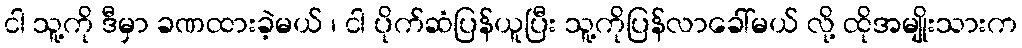
ငါ သူ့ကို ဒီမှာ ခဏထားခဲ့မယ် ၊ ငါ ပိုက်ဆံပြန်ယူပြီး သူ့ကိုပြန်လာခေါ်မယ် လို့ ထိုအမျိုးသားက